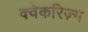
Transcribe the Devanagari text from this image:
क्वेकरिज़्म